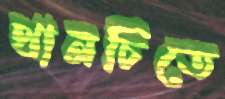
থানচিতে